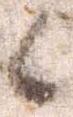
候